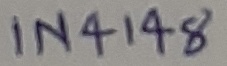
Text: IN4148